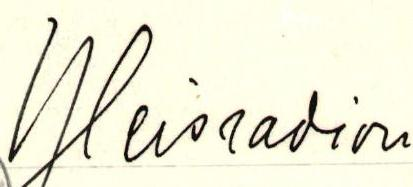
Yleisradion